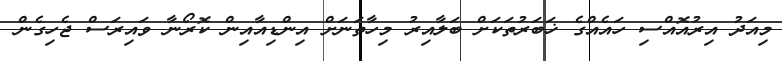
މިއަދު އިރުއޮއްސި ހައެއްގެ ޚަބަރުތަކަށް ބަލާއިރު މިހާތަނަށް އިންޑިއާއިން ކޮރޯނާ ވައިރަސް ޖެހިގެން